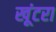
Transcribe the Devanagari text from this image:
खूंटरा